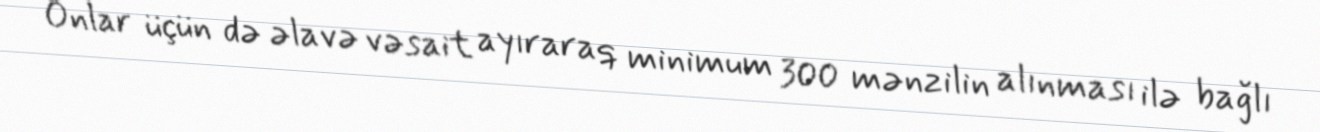
Onlar üçün də əlavə vəsait ayıraraq minimum 300 mənzilin alınması ilə bağlı